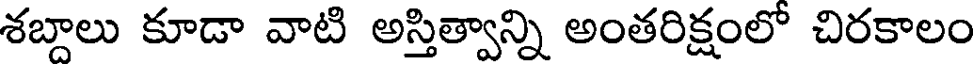
శబ్దాలు కూడా వాటి అస్తిత్వాన్ని అంతరిక్షంలో చిరకాలం